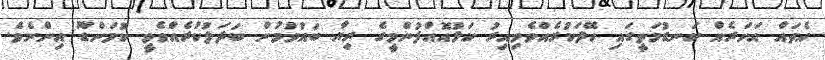
އެތައް އަހަރެއް ކަނޑުމަތީގައި ހޭދަކުރެއްވެވިއިރު ކަޅުއޮއްފުންމީގެ ރިޔާ ބައުވުމުން ބަދަލުކުރެއްވެވީ ކޮމަންޑޫ އިންނެވެ.